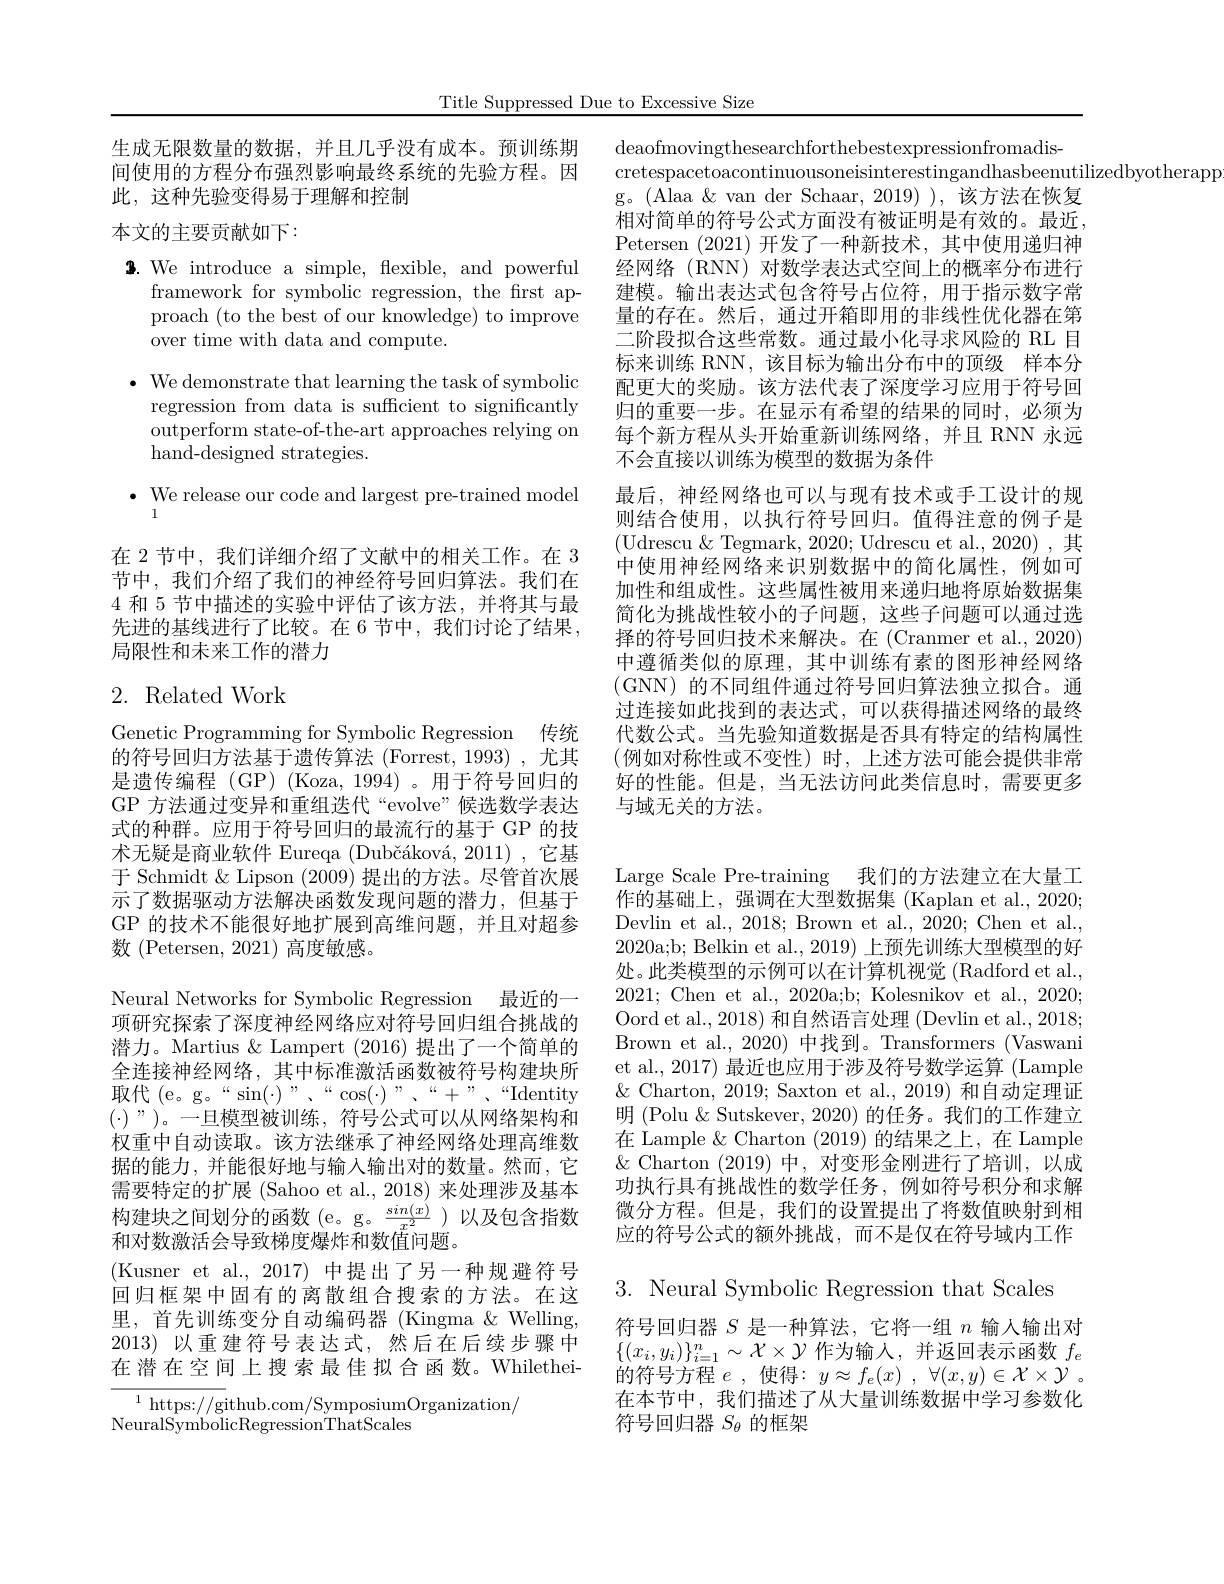
Title Suppressed Due to Excessive Size

生成无限数量的数据，并且几乎没有成本。预训练期
间使用的方程分布强烈影响最终系统的先验方程。因
此，这种先验变得易于理解和控制

## 本文的主要贡献如下：

$\mathbf{3.~We~introduce~a~simple,~flexible,~and~powerful}$

framework for symbolic regression, the frst ap-

proach (to the best of our knowledge) to improve

over time with data and compute.

$\cdot$ We demonstrate that learning the task of symbolic

regression from data is sufficient to significantly

outperform state-of-the-art approaches relying on

hand-designed strategies.

$\bullet$ We release our code and largest pre-trained model

1

在 2 节中，我们详细介绍了文献中的相关工作。在 3节中，我们介绍了我们的神经符号回归算法。我们在4和 5 节中描述的实验中评估了该方法，并将其与最先进的基线进行了比较。在 6 节中，我们讨论了结果， 局限性和未来工作的潜力

## 2. Related Work

Genetic Programming for Symbolic Regression 传统的符号回归方法基于遗传算法 (Forrest, 1993) , 尤其是遗传编程(GP)(Koza,1994)。用于符号回归的GP 方法通过变异和重组迭代“evolve”候选数学表达式的种群。应用于符号回归的最流行的基于 GP 的技术无疑是商业软件 Eureqa (Dubčáková, 2011) ,它基于 Schmidt & Lipson (2009) 提出的方法。尽管首次展示了数据驱动方法解决函数发现问题的潜力，但基于GP 的技术不能很好地扩展到高维问题，并且对超参数 (Petersen, 2021) 高度敏感。

Neural Networks for Symbolic Regression 最近的一项研究探索了深度神经网络应对符号回归组合挑战的潜力。Martius & Lampert (2016) 提出了一个简单的全连接神经网络，其中标准激活函数被符号构建块所取代 (e。g。“sin(・)”、““cos(•)”、“+”、“Identity $(\cdot)”)$。一旦模型被训练，符号公式可以从网络架构和权重中自动读取。该方法继承了神经网络处理高维数据的能力，并能很好地与输入输出对的数量。然而，它需要特定的扩展 (Sahoo et al., 2018) 来处理涉及基本构建块之间划分的函数(e。g。$\frac{sin(x)}{x^2}$)以及包含指数和对数激活会导致梯度爆炸和数值问题。
(Kusner et al., 2017)中提出了另一种规避符号回归框架中固有的离散组合搜索的方法。在这里，首先训练变分自动编码器(Kingma $\&$Welling, 2013)以重建符号表达式，然后在后续步骤中在潜在空间上搜索最佳拟合函数。Whilethei- $^{1}$ https://github.com/SymposiumOrganization/
NeuralSymbolicRegressionThatScales

deaofmovingthesearchforthebestexpressionfromadis-
cretespacetoacontinuousoneisinterestingandhasbeenutilizedbyotherapp
g。(Alaa &van der Schaar, 2019) ), 该方法在恢复相对简单的符号公式方面没有被证明是有效的。最近， Petersen (2021)开发了一种新技术，其中使用递归神经网络(RNN)对数学表达式空间上的概率分布进行建模。输出表达式包含符号占位符，用于指示数字常量的存在。然后，通过开箱即用的非线性优化器在第二阶段拟合这些常数。通过最小化寻求风险的 RL 目标来训练 RNN,该目标为输出分布中的顶级 样本分配更大的奖励。该方法代表了深度学习应用于符号回归的重要一步。在显示有希望的结果的同时，必须为每个新方程从头开始重新训练网络，并且 RNN 永远不会直接以训练为模型的数据为条件
最后，神经网络也可以与现有技术或手工设计的规则结合使用，以执行符号回归。值得注意的例子是(Udrescu $\&$Tegmark, 2020; Udrescu et al., 2020) , 其中使用神经网络来识别数据中的简化属性，例如可加性和组成性。这些属性被用来递归地将原始数据集简化为挑战性较小的子问题，这些子问题可以通过选择的符号回归技术来解决。在 (Cranmer et al., 2020) 中遵循类似的原理，其中训练有素的图形神经网络(GNN)的不同组件通过符号回归算法独立拟合。通过连接如此找到的表达式，可以获得描述网络的最终代数公式。当先验知道数据是否具有特定的结构属性(例如对称性或不变性)时，上述方法可能会提供非常好的性能。但是，当无法访问此类信息时，需要更多与域无关的方法。

Large Scale Pre-training 我们的方法建立在大量工作的基础上，强调在大型数据集 (Kaplan et al., 2020; Devlin et al., 2018; Brown et al., 2020; Chen et al., 2020a;b; Belkin et al., 2019) 上预先训练大型模型的好处。此类模型的示例可以在计算机视觉 (Radford et al., 2021;Chen et al., 2020a;b; Kolesnikov et al., 2020; Oord et al., 2018) 和自然语言处理 (Devlin et al., 2018; Brown et al.,2020) 中找到。Transformers (Vaswani et al., 2017) 最近也应用于涉及符号数学运算 (Lample $\&$ Charton, 2019; Saxton et al., 2019) 和自动定理证明 (Polu & Sutskever, 2020) 的任务。我们的工作建立在 Lample & Charton (2019)的结果之上，在 Lample $\&$ Charton (2019)中，对变形金刚进行了培训，以成功执行具有挑战性的数学任务，例如符号积分和求解微分方程。但是，我们的设置提出了将数值映射到相应的符号公式的额外挑战，而不是仅在符号域内工作3. Neural Symbolic Regression that Scales
符号回归器$S$是一种算法，它将一组$n$输人输出对$\{(x_i,y_i)\}_{i=1}^n\sim\mathcal{X}\times\mathcal{Y}$作为输人，并返回表示函数$f_e$ 的符号方程$e$,使得：$y\approx f_e(x),\forall(x,y)\in\mathcal{X}\times\mathcal{Y}.$ 在本节中，我们描述了从大量训练数据中学习参数化符号回归器$S_{\theta}$的框架